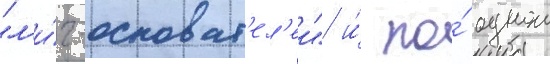
"л'и́г-основат'ел'еи" и́ по́ однои